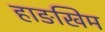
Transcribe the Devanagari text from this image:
हाङखिम